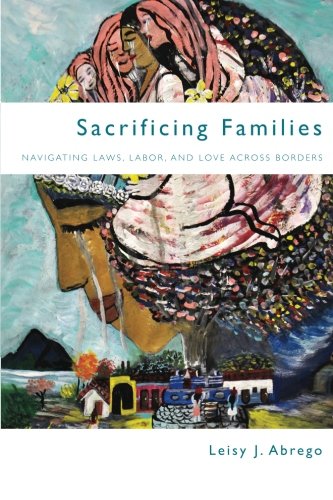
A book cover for Sacrificing Families: Navigating Laws, Labor, and Love Across Borders; Leisy Abrego; Law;